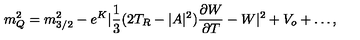
m _ { Q } ^ { 2 } = m _ { 3 / 2 } ^ { 2 } - e ^ { K } | \frac { 1 } { 3 } ( 2 T _ { R } - | A | ^ { 2 } ) \frac { \partial W } { \partial T } - W | ^ { 2 } + V _ { o } + \dots ,